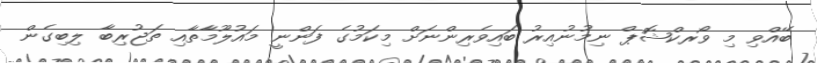
ބޭއްވި މި ވޯރކްޝޮޕް ނިމުނުއިރު ބައިވެރިންނަށް މިކަމުގެ ފަންނީ މައުލޫމާތާއި ތަޖުރިބާ ލިބިގެން